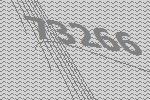
73266